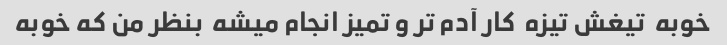
خوبه  تیغش تیزه  کار آدم تر و تمیز انجام میشه  بنظر من که خوبه